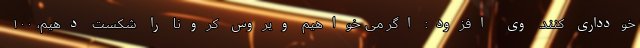
خودداری کنند. وی افزود: اگر می خواهیم ویروس کرونا را شکست دهیم، ۱۰۰